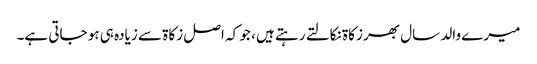
میرے والد سال بھر زکاۃ نکالتے رہتے ہیں ، جو کہ اصل زکاۃ سے زیادہ ہی ہو جاتی ہے۔